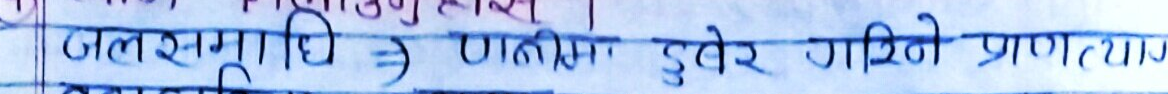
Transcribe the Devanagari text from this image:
जलसमाधि => पानीमा डुबेर गरिने प्राणत्याग